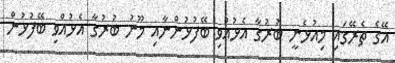
އޭގެ ތެރޭގައި މިއުޅެނީ ބުރުގާ އެޅުއްވި ބޭފުޅުންނާއި މޫނު ބުރުގާ އެޅުއްވި ބޭފުޅުން